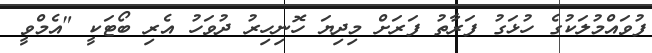
ފުވައްމުލަކުގެ ހުޅަގު ފަރާތު ފަރަށް މިދިޔަ ހޮނިހިރު ދުވަހު އެރި ބޯޓަކީ "އެމްވީ